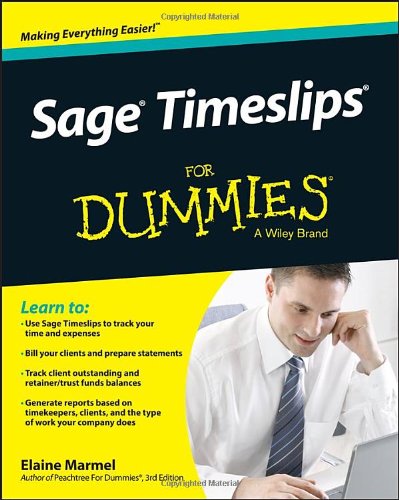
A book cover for Sage Timeslips For Dummies; Elaine Marmel; Computers & Technology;